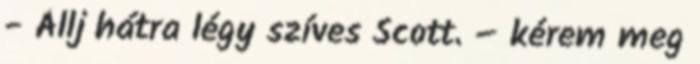
- Állj hátra légy szíves Scott. – kérem meg